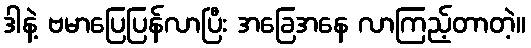
ဒါနဲ့ ဗမာပြေပြန်လာပြီး အခြေအနေ လာကြည့်တာတဲ့။